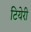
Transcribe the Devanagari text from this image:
टियेरी